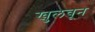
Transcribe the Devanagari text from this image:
खुलवून